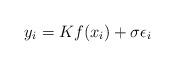
LaTeX: \begin{align*}y_i = Kf(x_i) + \sigma \epsilon_i\end{align*}